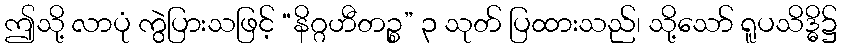
ဤသို့ လာပုံ ကွဲပြားသဖြင့် “နိဂ္ဂဟီတဉ္စ” ၃ သုတ် ပြထားသည်၊ သို့သော် ရူပသိဒ္ဓိ၌